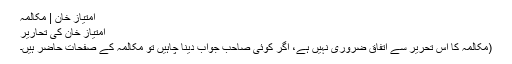
امتیاز خان | مکالمہ
امتیاز خان کی تحاریر
(مکالمہ کا اس تحریر سے اتفاق ضروری نہیں ہے، اگر کوئی صاحب جواب دینا چاہیں تو مکالمہ کے صفحات حاضر ہیں۔